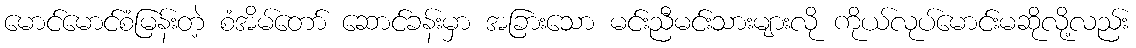
မောင်မောင်စံမြန်းတဲ့ စံအိမ်တော် ဆောင်ခန်းမှာ အခြားသော မင်းညီမင်းသားများလို ကိုယ်လုပ်မောင်းမဆိုလို့လည်း